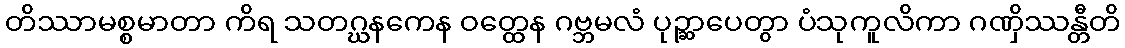
တိဿာမစ္စမာတာ ကိရ သတဂ္ဃနကေန ဝတ္ထေန ဂဗ္ဘမလံ ပုဉ္ဆာပေတွာ ပံသုကူလိကာ ဂဏှိဿန္တီတိ